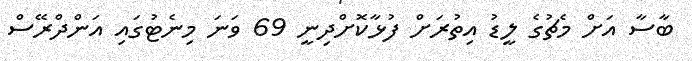
ބާސާ އަށް މެޗުގެ ލީޑު އިތުރަށް ފުޅާކޮށްދިނީ 69 ވަނަ މިނެޓުގައި އަންދްރޭސް